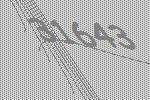
31643